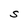
Character: S